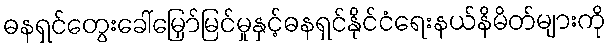
ဓနရှင်တွေးခေါ်မြှော်မြင်မှုနှင့်ဓနရှင်နိုင်ငံရေးနယ်နိမိတ်များကို